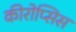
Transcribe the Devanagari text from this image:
कीरोप्सिस